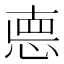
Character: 㥁